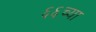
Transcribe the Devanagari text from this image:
६६च्या